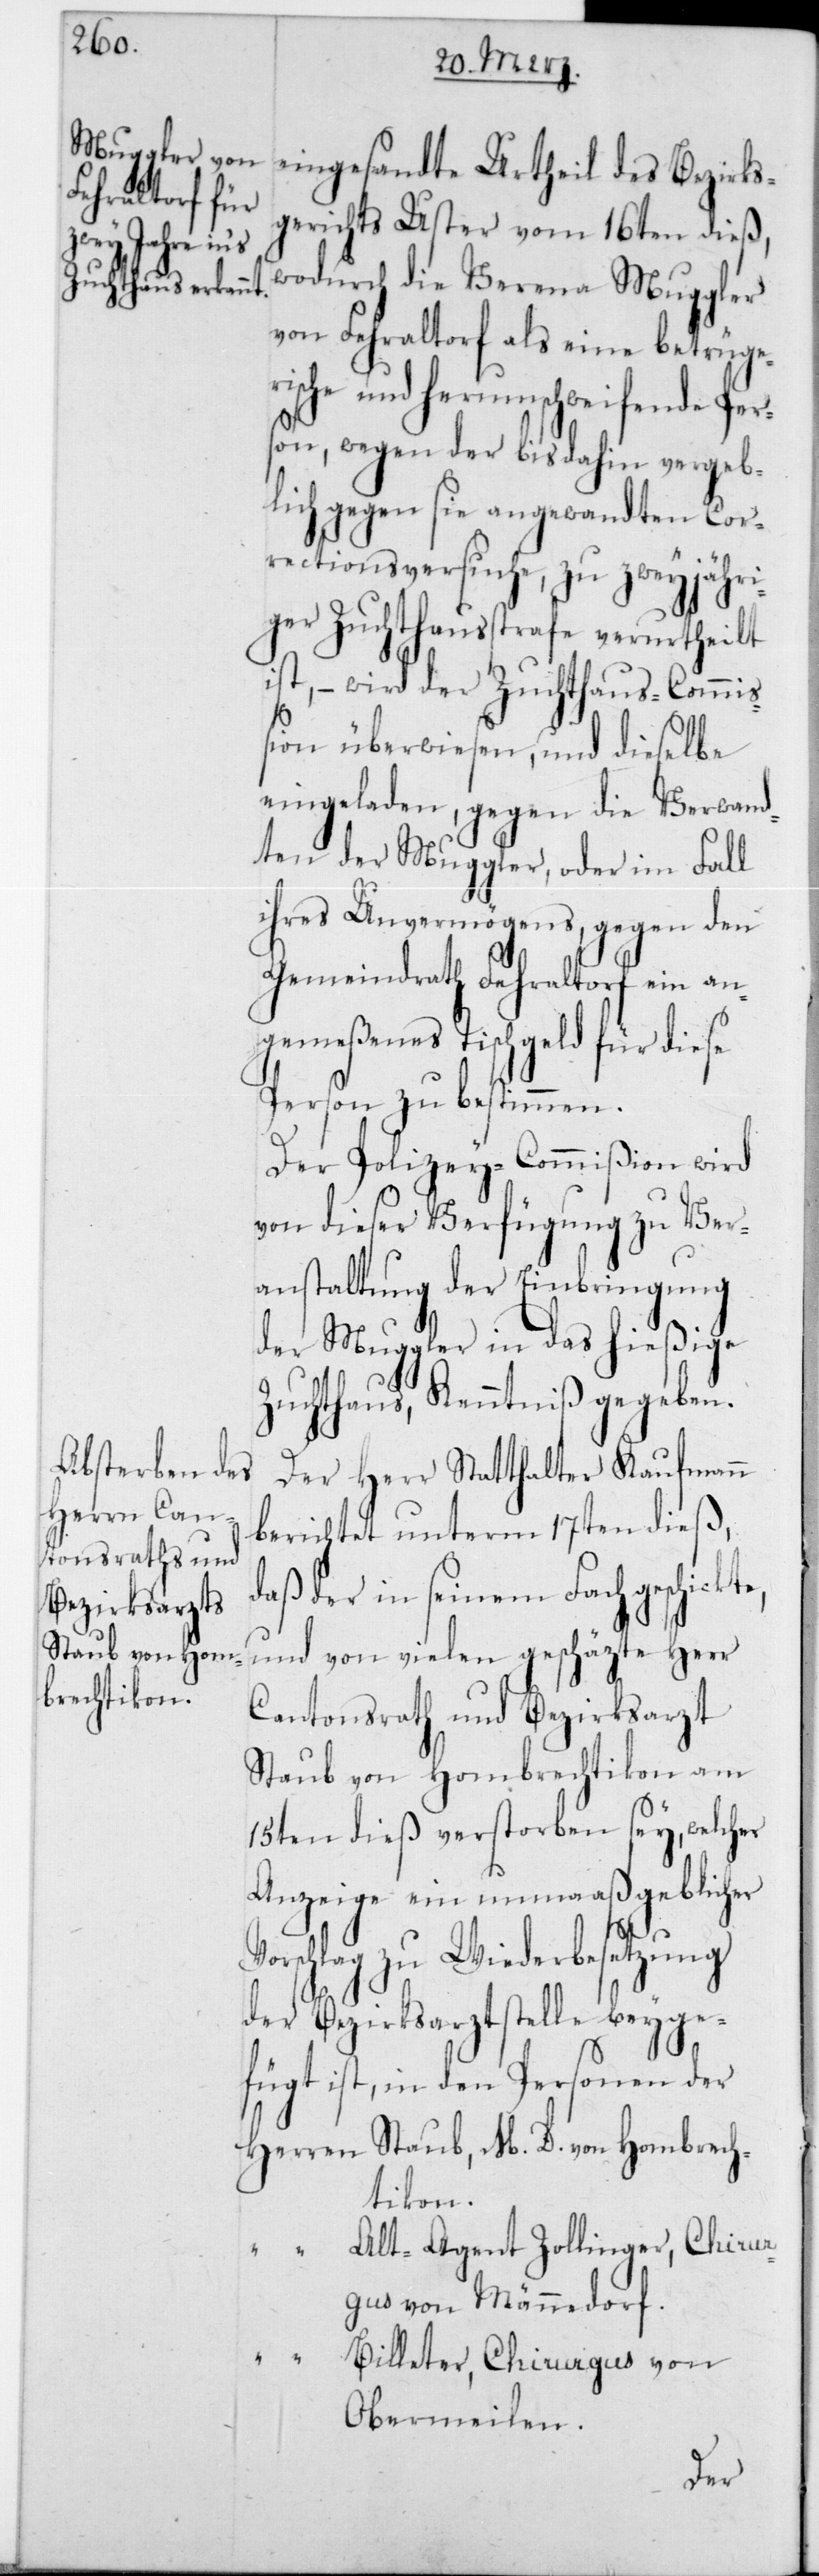
D. von Hom¬
brechtikon.

eingesandte Urtheil des Bezirks¬
gerichts Uster vom 16ten dieß,
wodurch die Verena Muggler
von Fehraltorf als eine betrüger¬
ische und herumschweifende Per¬
son, wegen der bis dahin vergeb¬
lich gegen sie angewandten Cor¬
rectionsversuche, zu zweyjähri¬
ger Zuchthausstrafe verurtheilt
ist, – wird der Zuchthaus-Commiß¬
ion überwiesen, und dieselbe
eingeladen, gegen die Verwand¬
ten der Muggler, oder im Fall
ihres Unvermögens, gegen den
Gemeindrath Fehraltorf ein an¬
gemeßenes Tischgeld für diese
Person zu bestimmen.
Der Polizey-Commißion wird
von dieser Verfügung zu Ver¬
anstaltung der Einbringung
der Muggler in das hießige
Zuchthaus, Kenntniß gegeben.
Der Herr Statthalter Kaufmann
berichtet unterm 17ten dieß,
der in seinem Fach geschickte,
und von vielen geschäzte Herr
Cantonsrath und Bezirksarzt
Staub von Hombrechtikon am
15ten dieß verstorben sey, welcher
Anzeige ein unmaaßgeblicher
schlag zu Wiederbesetzung
der Bezirksarztstelle beyge¬
fügt ist, in den Personen der
Alt-Agent Zollinger, Chirur¬
gus von Männedorf.
Billeter, Chirurgus von
Obermeilen.
Vor¬